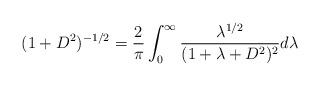
LaTeX: \begin{align*} (1+D^2)^{-1/2} = \frac{2}{\pi} \int_0^\infty \frac{\lambda^{1/2}}{(1+\lambda+D^2)^2}d\lambda \end{align*}